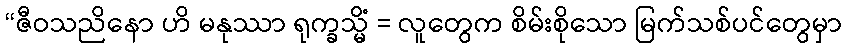
“ဇီဝသညိနော ဟိ မနုဿာ ရုက္ခသ္မိံ = လူတွေက စိမ်းစိုသော မြက်သစ်ပင်တွေမှာ